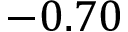
- 0 . 7 0